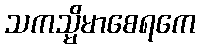
သကသ္မိမာစေရကေ